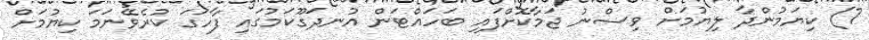
7) ކިޔަމުންދާ ލިޔުމަށް ވިސްނު ޖަމާކޮށްފައި ބަހައްޓަން އުނދަގޫކަމުގައި ފާހަގަ ކުރެވޭނަމަ ކިޔުމަށް